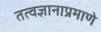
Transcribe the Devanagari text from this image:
तत्वज्ञानाप्रमाणे